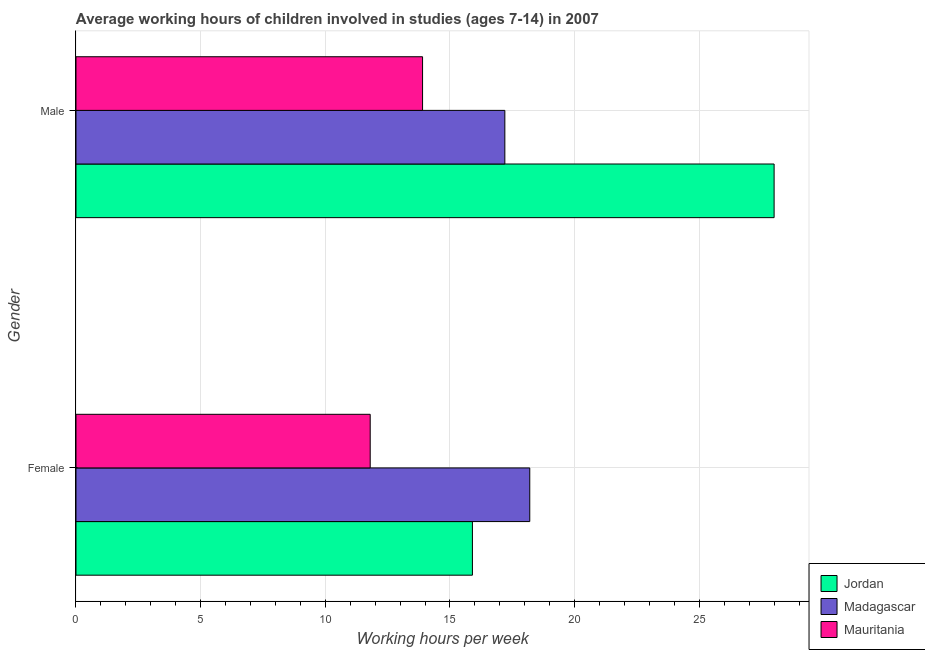
| Gender | Jordan | Madagascar | Mauritania |
 | --- | --- | --- | --- |
 | Female | 15.9 | 18.2 | 11.8 |
 | Male | 28 | 17.2 | 13.9 |